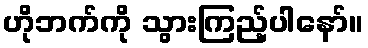
ဟိုဘက်ကို သွားကြည့်ပါနော်။